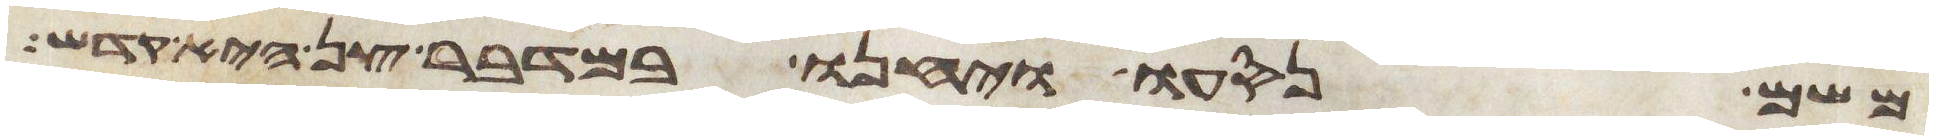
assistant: משם נסעו ויחנו במדבר צן היא קדש